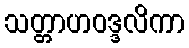
သတ္တာဟဝဒ္ဒလိကာ